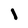
Character: l